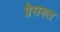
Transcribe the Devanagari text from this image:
प्रेसनल